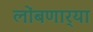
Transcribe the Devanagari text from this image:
लोंबणार्‍या